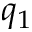
q _ { 1 }